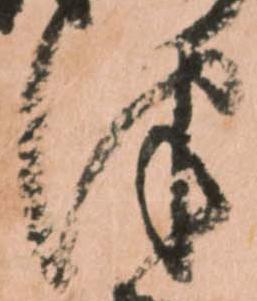
津